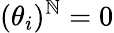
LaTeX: (\theta_{i})^{\mathbb{N}}=0